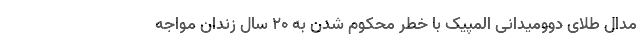
مدال طلای دوومیدانی المپیک با خطر محکوم شدن به ۲۰ سال زندان مواجه